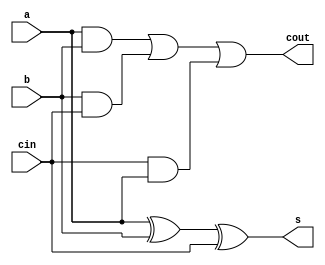
module fa(a,b,cin,s,cout);
input a,b,cin;
output s,cout;
assign s =a^b^cin;
assign cout = (a&b) | (b&cin) | (cin&a);
endmodule


module fa_test;
reg a,b,cin;
wire s, cout;
fa f1(a,b,cin,s,cout);
initial 
    begin
    $dumpfile("sakshi.vcd");
    $dumpvars(0, fa_test); 
        a=1; b=1; cin=0; #5
        a=1; b=1; cin=1; #5
        a=0; b=1; cin=0; #100 
        $finish;
    end
endmodule